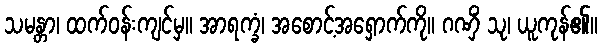
သမန္တာ၊ ထက်ဝန်းကျင်မှ။ အာရက္ခံ၊ အစောင့်အရှောက်ကို။ ဂဏှိံ သု၊ ယူကုန်၏။